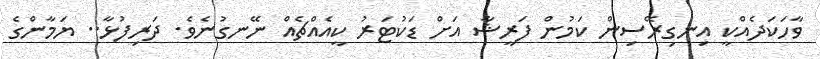
ވާހަކަދެއްކީ އިނގިރޭސިން ކަމުން ފަރީޝާ އަށް ޑަކުޓަރު ކީއެއްޗެއް ނޭނގުނެވެ. ދަރިފުޅާ.. ޔަމާންގެ